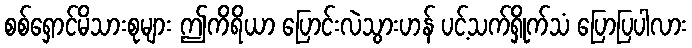
စစ်ရှောင်မိသားစုများ ဤကိရိယာ ပြောင်းလဲသွားဟန် ပင့်သက်ရှိုက်သံ ပြောပြပါလား